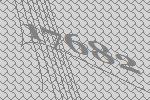
17682